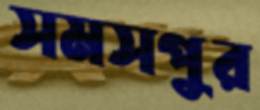
সমসপুর